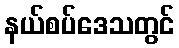
နယ်စပ်ဒေသတွင်